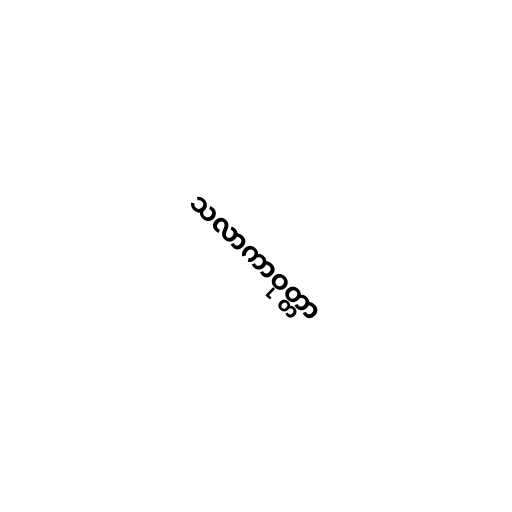
သလာကာဝုတ္တာ